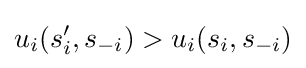
u_{i}(s_{i}^{\prime },s_{-i})>u_{i}(s_{i},s_{-i})